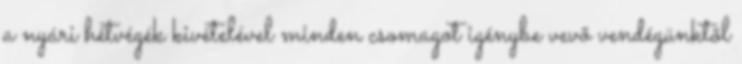
a nyári hétvégék kivételével minden csomagot igénybe vevõ vendégünktõl